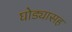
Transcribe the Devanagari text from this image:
घोड्यासह